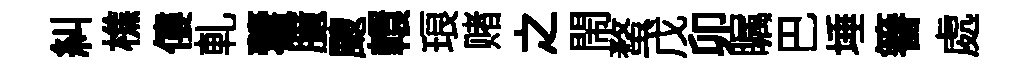
糾樵僂軋藿臆颼轘琅赌之閙蝥戊卯瞩巴埵簮處